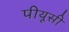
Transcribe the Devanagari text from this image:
पीयूसी